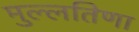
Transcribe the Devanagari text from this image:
मुल्लतिणा